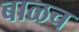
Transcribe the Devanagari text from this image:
बाळच